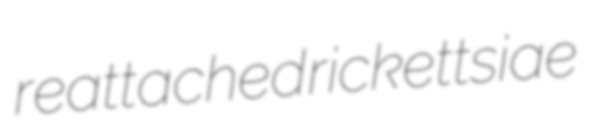
reattached rickettsiae